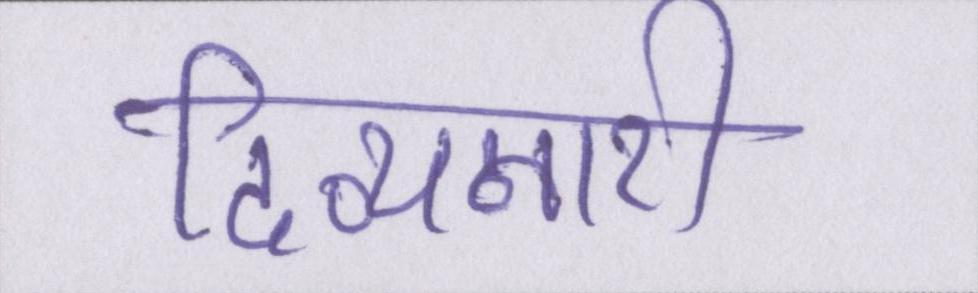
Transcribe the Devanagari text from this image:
दिव्यनारी